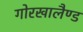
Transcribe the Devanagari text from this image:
गोरखालैण्ड